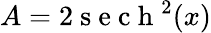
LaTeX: A=2\mathrm{~s~e~c~h~}^{2}(x)